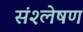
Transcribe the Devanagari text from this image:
संश्‍लेषण